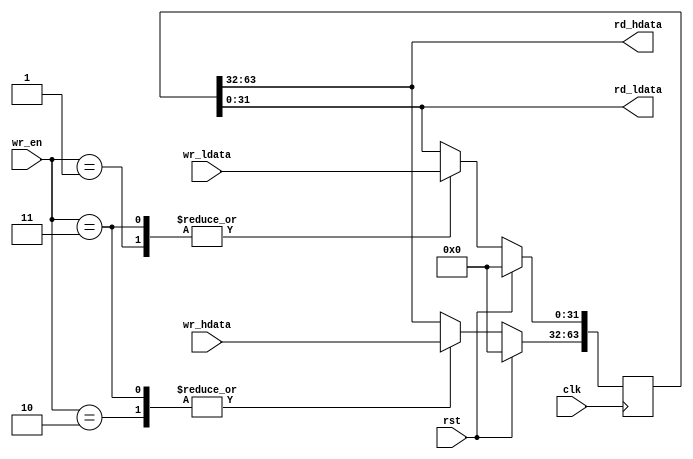
/*------------------------------------------------------------------------------

Purpose

  HI and LO registers which store results of the multiplication and division.

------------------------------------------------------------------------------*/
module mips_hlreg   (
                    input clk,
                    input rst,

                    output[31:0]  rd_hdata,
                    output[31:0]  rd_ldata,

                    input[1:0]    wr_en,
                    input[31:0]   wr_hdata,
                    input[31:0]   wr_ldata
                    );




  reg[63:0] hlreg;




  assign rd_hdata= hlreg[63:32];
  assign rd_ldata= hlreg[31:0];

  always @(posedge clk)
  if(rst)
    hlreg<= 64'd0;
  else
    case(wr_en)
    2'b00: hlreg<= hlreg;
    2'b01: hlreg[31:0]<= wr_ldata;
    2'b10: hlreg[63:32]<= wr_hdata;
    2'b11: hlreg<= {wr_hdata,wr_ldata};
    endcase

endmodule